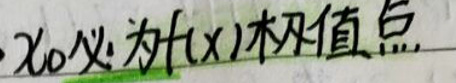
\(x_0\)必为\(f(x)\)极值点